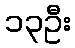
၁၃ဦး